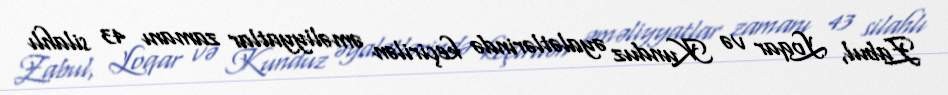
Zabul, Loqar və Kunduz əyalətlərində keçirilən əməliyyatlar zamanı 43 silahlı